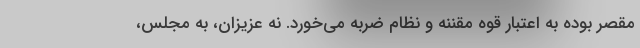
مقصر بوده به اعتبار قوه مقننه و نظام ضربه می‌خورد. نه عزیزان، به مجلس،